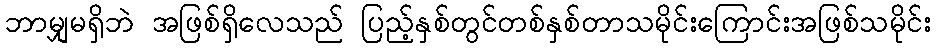
ဘာမျှမရှိဘဲ အဖြစ်ရှိလေသည် ပြည့်နှစ်တွင်တစ်နှစ်တာသမိုင်းကြောင်းအဖြစ်သမိုင်း